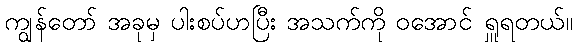
ကျွန်တော် အခုမှ ပါးစပ်ဟပြီး အသက်ကို ဝအောင် ရှူရတယ်။